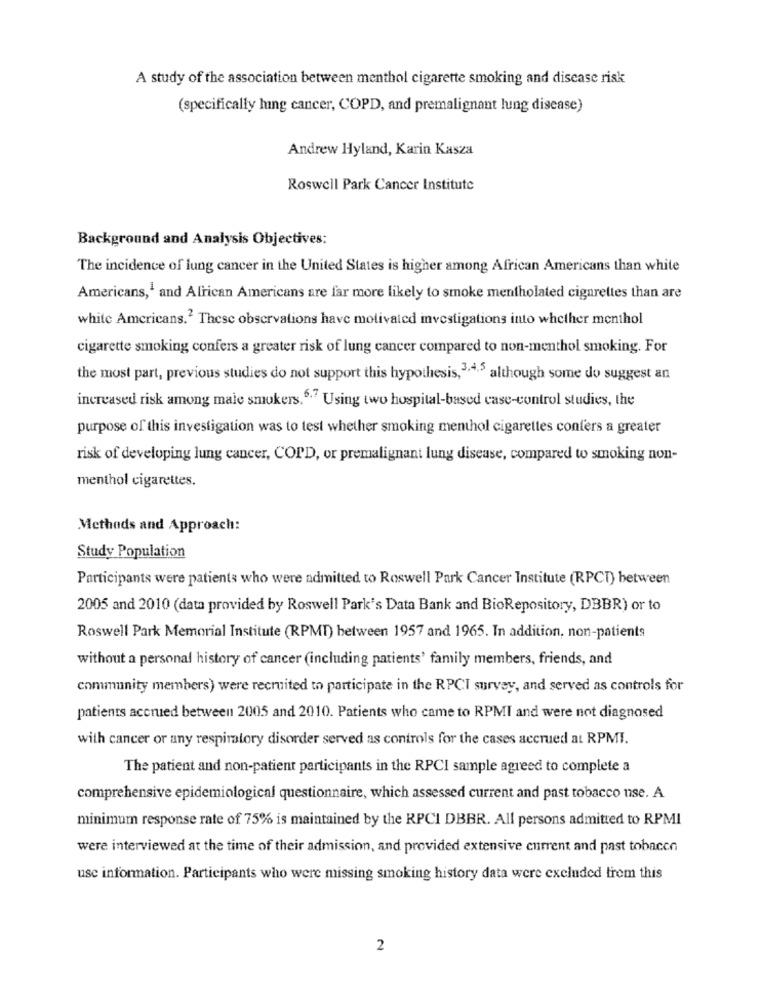
A study of the association between menthol cigarette smoking and disease risk
(specifically lung cancer, COPD, and premalignant lung disease)
Andrew Hyland, Karin Kasza
Roswell Park Cancer Institute
Background and Analysis Objectives:
The incidence of lung cancer in the United States is higher among African Americans than white
Americans,' and African Americans are far more likely to smoke mentholated cigarettes than are
white Americans." These observations have motivated investigations into whether menthol
cigarette smoking confers a greater risk of lung cancer compared to non-menthol smoking. For
the most part, previous studies do not support this hypothesis,3,4,5 although some do suggest an
increased risk among male smokers.6.7 Using two hospital-based case-control studies, the
purpose of this investigation was to test whether smoking menthol cigarettes confers a greater
risk of developing lung cancer, COPD, or premalignant lung disease, compared to smoking non-
menthol cigarettes.
Methods and Approach:
Study Population
Participants were patients who were admitted to Roswell Park Cancer Institute (RPCT) between
2005 and 2010 (data provided by Roswell Park's Data Bank and BioRepository, DBBR) or to
Roswell Park Memorial Institute (RPMT) between 1957 and 1965. In addition, non-patients
without a personal history of cancer (including patients' family members, friends, and
community members) were recruited to participate in the RPCT survey, and served as controls for
patients accrued between 2005 and 2010. Patients who came to RPMI and were not diagnosed
with cancer or any respiratory disorder served as controls for the cases accrued at RPMI.
The patient and non-patient participants in the RPCI sample agreed to complete a
comprehensive epidemiological questionnaire, which assessed current and past tobacco use. A
minimum response rate of 75% is maintained by the RPCI DBBR. All persons admitted to RPMI
were interviewed at the time of their admission, and provided extensive current and past tobacco
usc information. Participants who were missing smoking history data were excluded trem this
2